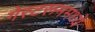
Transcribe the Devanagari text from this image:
गेस्टरूममध्ये